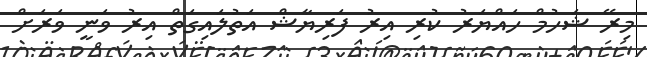
މިރޭ ޝަހުމް ހައްޔަރު ކުރި އިރު ފަރިޔާޝް އަތުލައިގަތް އިރު ވަނީ ވަރަށް